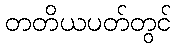
တတိယပတ်တွင်